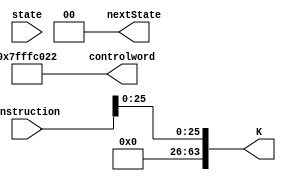
module B (instruction, state, controlword, nextState, K); 
	output [30:0] controlword;
	output [1:0] nextState; 
	input [1:0] state; 
	
	wire [1:0] Psel;
   wire [4:0] DA, SA, SB, Fsel;
	output [63:0] K;
	input [31:0] instruction;  
	wire regW, ramW, EN_MEM, EN_ALU, EN_B, EN_PC, Bsel, PCsel, SL; 
	
	assign Psel = 2'b11; 
	assign DA = 5'b11111; //Dont care
	assign SA = 5'b11111; //dont care
	assign SB = 5'b11111; //dont care
	assign Fsel = 5'b0000; //dont care, A and B are not inverted 
	assign regW = 1'b0; //dont write 
	assign ramW = 1'b0; //dont write 
	assign EN_MEM = 1'b0; 
	assign EN_ALU = 1'b1; 
	assign EN_B = 1'b0;
	assign EN_PC = 1'b0; 
	assign Bsel = 1'b0; // dont care 
	assign PCsel = 1'b1; //send K to PC
	assign SL = 1'b0; //dont change status bits 
	
   assign K = {{38 {1'b0}}, instruction [25:0]}; 
	assign controlword = {Psel, DA, SA, SB, Fsel, regW, ramW, EN_MEM, EN_ALU, EN_B, EN_PC, Bsel, PCsel, SL};
	
	assign nextState = 2'b00;  
endmodule